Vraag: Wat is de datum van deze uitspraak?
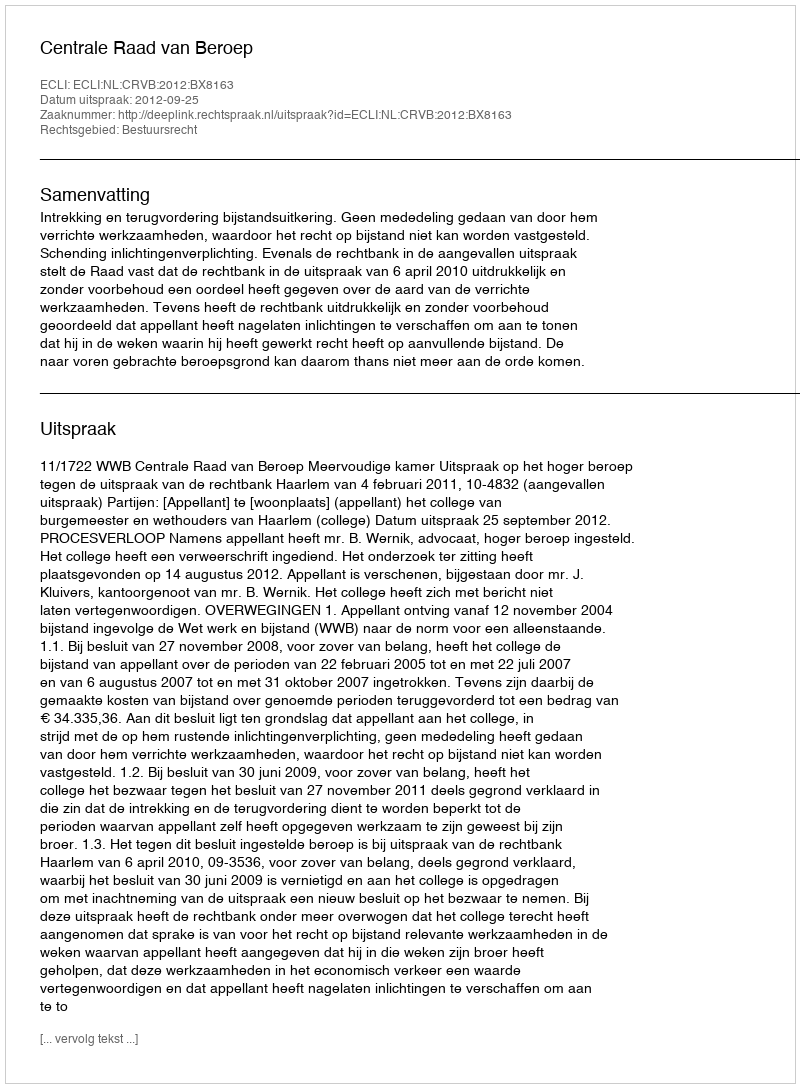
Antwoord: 2012-09-25